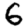
Digit: 6